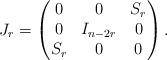
LaTeX: \begin{align*}J_r=\begin{pmatrix}0 & 0 & S_r \\0 & I_{n-2r} & 0 \\S_r & 0 & 0\end{pmatrix}.\end{align*}